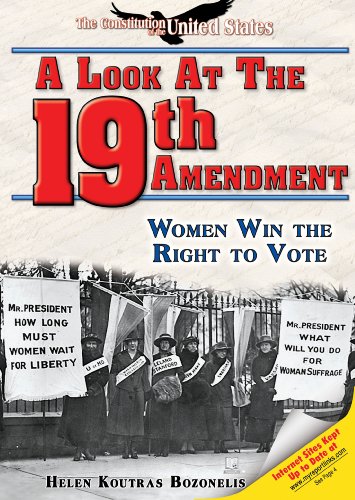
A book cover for A Look at the Nineteenth Amendment: Women Win the Right to Vote (The Constitution of the United States); Helen Koutras Bozonelis; Children's Books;